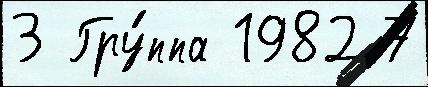
3 Гру́ппа 1982 7